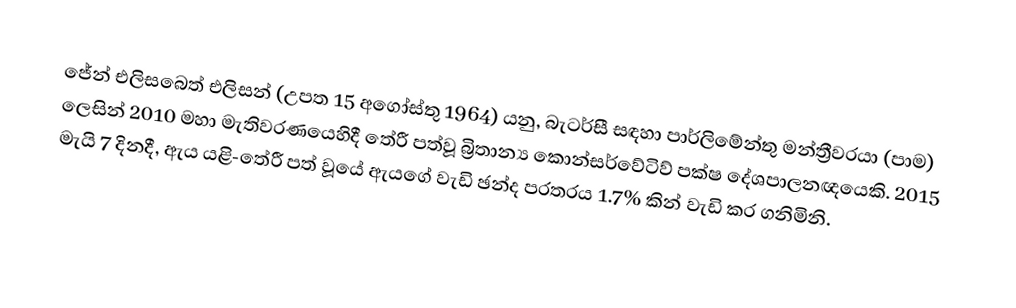
ජේන් එලිසබෙත් එලිසන් (උපත 15 අගෝස්තු 1964) යනු,   බැටර්සී සඳහා පාර්ලිමේන්තු මන්ත්‍රීවරයා (පාම) ලෙසින් 2010 මහා මැතිවරණයෙහිදී තේරී පත්වූ බ්‍රිතාන්‍ය කොන්සර්වේටිව් පක්ෂ දේශපාලනඥයෙකි. 2015 මැයි 7 දිනදී, ඇය යළි-තේරී පත් වූයේ ඇයගේ වැඩි ඡන්ද පරතරය 1.7% කින් වැඩි කර ගනිමිනි.